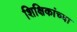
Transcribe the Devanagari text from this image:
शिक्षिकांच्या